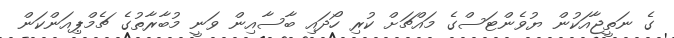
ގެ ނަތީޖާއަކުން ޔުވެންޓަސްގެ މައްޗަށް ކުރި ހޯދައި ބާސާއިން ވަނީ މުބާރާތުގެ ޗެމްޕިއަންކަން